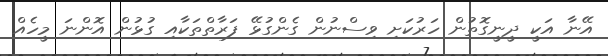
އޭނާ އަކީ ދީނީގޮތުން ހަރުކަށި ވިސްނުން ގެންގުޅޭ ފަރާތްތަކާއި ގުޅުން އޮންނަ މީހެއް